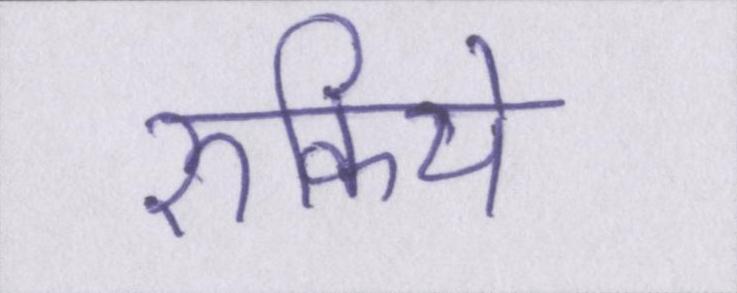
रुकिये